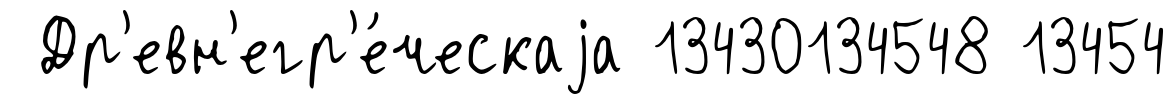
Др'евн'егр'е́ческаjа 13430134548 13454